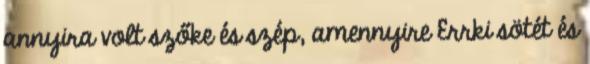
annyira volt szőke és szép, amennyire Errki sötét és